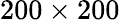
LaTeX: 200\times 200